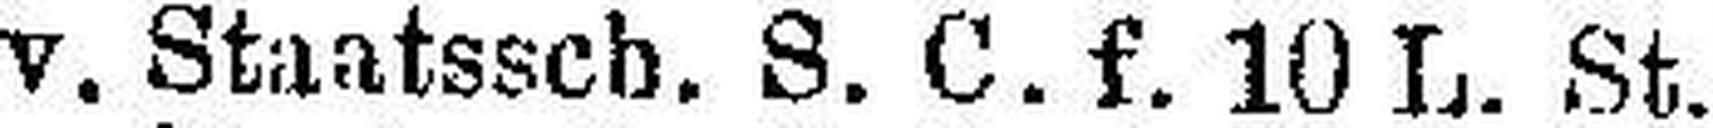
Türk. conv. Staatssch. S. C. f. 10 L. St.